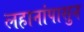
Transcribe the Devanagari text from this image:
लहानांपासुन